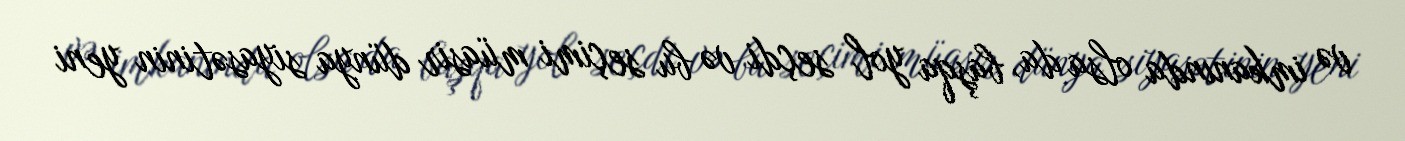
və imkanında olsa da, başqa yol seçdi və bu seçimi müasir dünya siyasətinin yeni